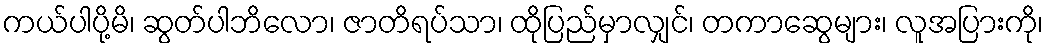
ကယ်ပါပို့မိ၊ ဆွတ်ပါဘိလော၊ ဇာတိရပ်သာ၊ ထိုပြည်မှာလျှင်၊ တကာဆွေများ၊ လူအပြားကို၊